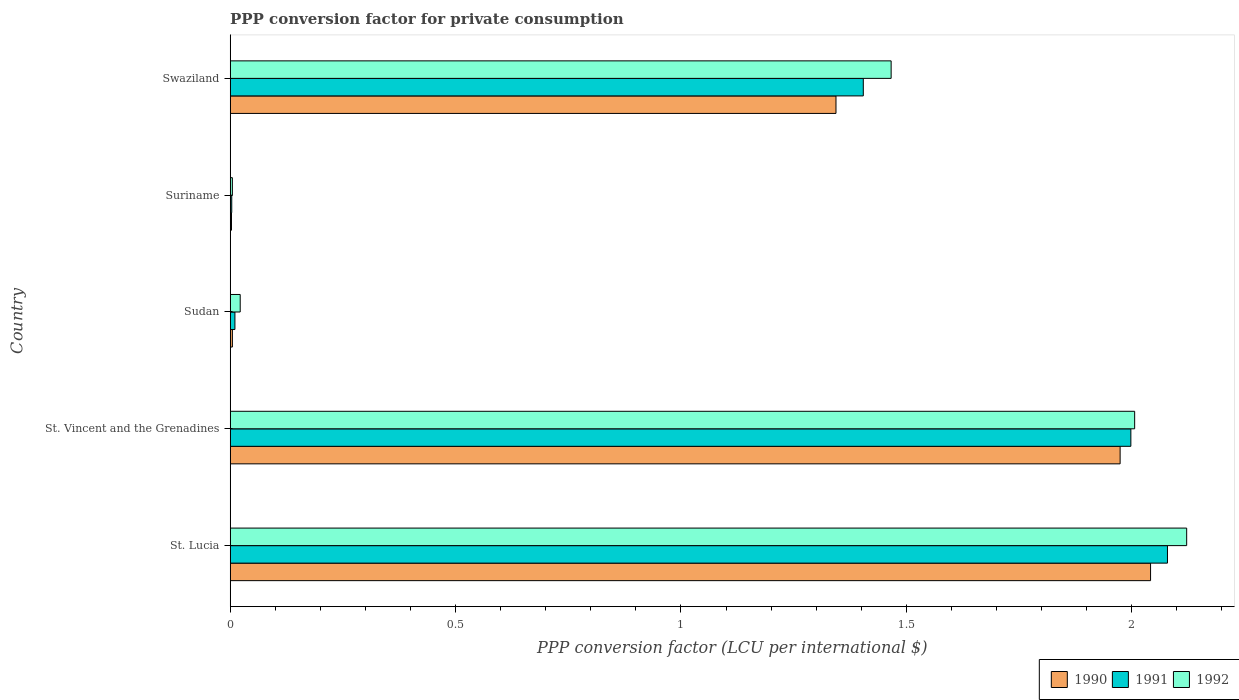
| Country | 1990 | 1991 | 1992 |
 | --- | --- | --- | --- |
 | St. Lucia | 2.04 | 2.08 | 2.12 |
 | St. Vincent and the Grenadines | 1.97 | 2 | 2.01 |
 | Sudan | 0.0049 | 0.0105 | 0.0222 |
 | Suriname | 0.00287 | 0.00347 | 0.00484 |
 | Swaziland | 1.34 | 1.4 | 1.47 |